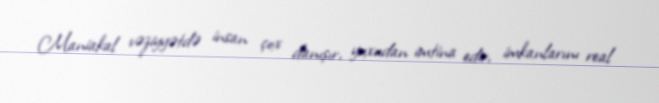
Maniakal vəziyyətdə insan çox danışır, yuxudan imtina edir, imkanlarını real